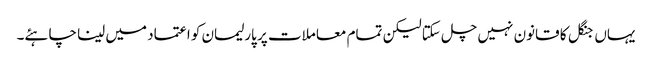
یہاں جنگل کا قانون نہیں چل سکتا لیکن تمام معاملات پر پارلیمان کو اعتماد میں لینا چاہئے۔